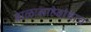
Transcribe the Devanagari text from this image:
बाळासाहेबांचाच